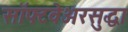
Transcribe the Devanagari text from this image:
सॉफ्टवेअरसुद्धा